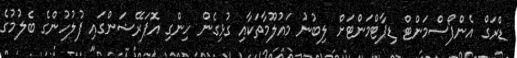
ޑްރަގް އެންފޯސްމަންޓް ޑިޕާޓްމަންޓަށް ލިބުނު މައުލޫމާތަކާއި ގުޅިގެން ހިންގި އޮޕަރޭޝަންގައި ފުލުހުންގެ ބެލުމުގެ